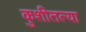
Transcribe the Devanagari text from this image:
कुशीतल्या